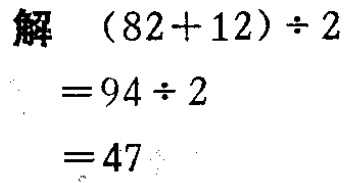
\[\begin{align*}

\therefore\frac{\sin 2\theta - 2\cos^{2}\theta}{1 + \tan\theta}&=\frac{1}{1 + t}\left(\frac{2t}{1 + t^{2}}-\frac{2}{1 + t^{2}}\right)\\

&=\frac{2(t - 1)}{(1 + t)(1 + t^{2})}=\frac{2(-3 - 1)}{(1 - 3)(1 + 9)}=\frac{2}{5}.

\end{align*}\]